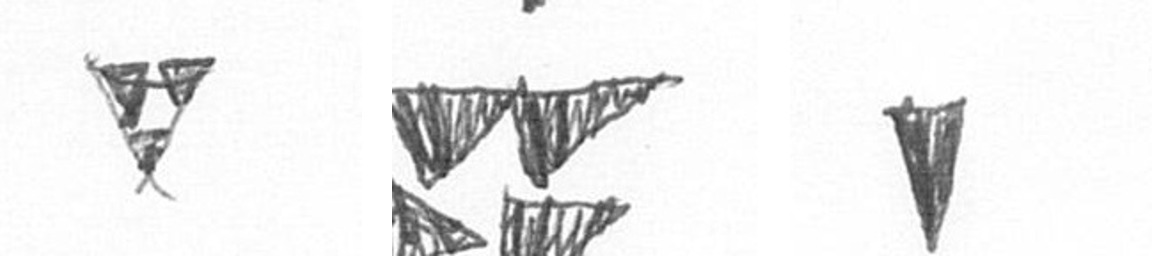
S B J